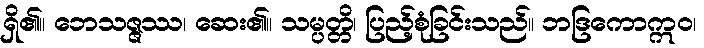
ရှိ၏။ ဘေသဇ္ဇဿ၊ ဆေး၏။ သမ္ပတ္တိ၊ ပြည့်စုံခြင်းသည်။ ဘဒြကောဣဝ၊